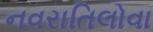
નવરાતિલોવા